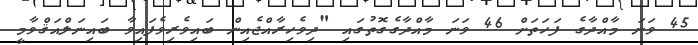
45 ވަނަ މާއްދާގެ ފަހަތަށް 46 ވަނަ މާއްދާގެގޮތުގައި "ދިވެހިރާއްޖެއިން ބައިވެރިވެފައިވާ ބައިނަލްއަޤްވާމީ